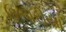
ઉભારીયા